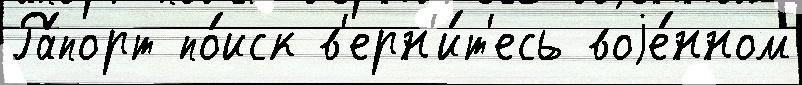
Ра́порт по́иск в'ерн'и́т'есь воjе́нном